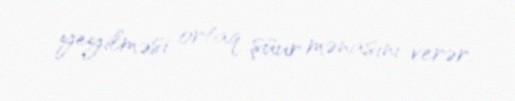
yeyilməsi ortaq şüur mənasını verər.